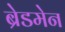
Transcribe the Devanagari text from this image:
ब्रेडमेन